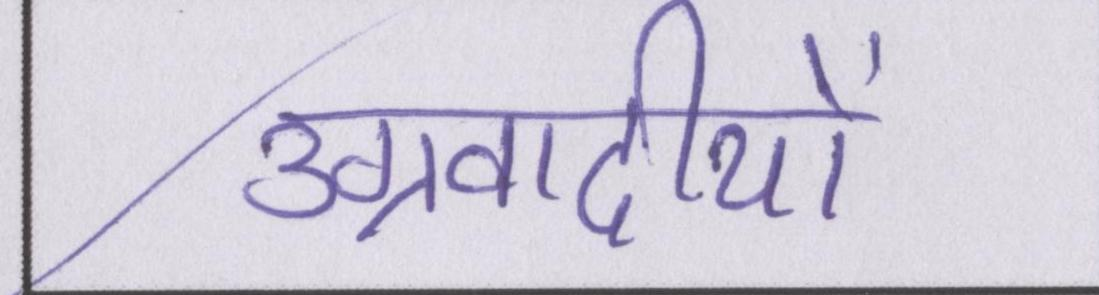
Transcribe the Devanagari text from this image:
उग्रवादीयों